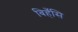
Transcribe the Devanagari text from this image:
बिहँसि